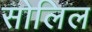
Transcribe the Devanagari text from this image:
सोलिल